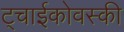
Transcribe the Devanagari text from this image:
ट्चाईकोवस्की